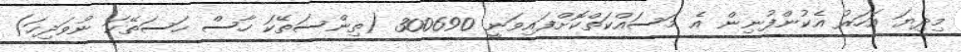
މިދިޔަ އަހަރު އެކުންފުނިން އެ މަސައްކަތްކޮށްފައިވަނީ 300690 (ތިންސަތޭކަ ހާސް ހަސަތޭކަ ނުވަދިހަ)